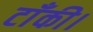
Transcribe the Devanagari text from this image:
टाँकी।